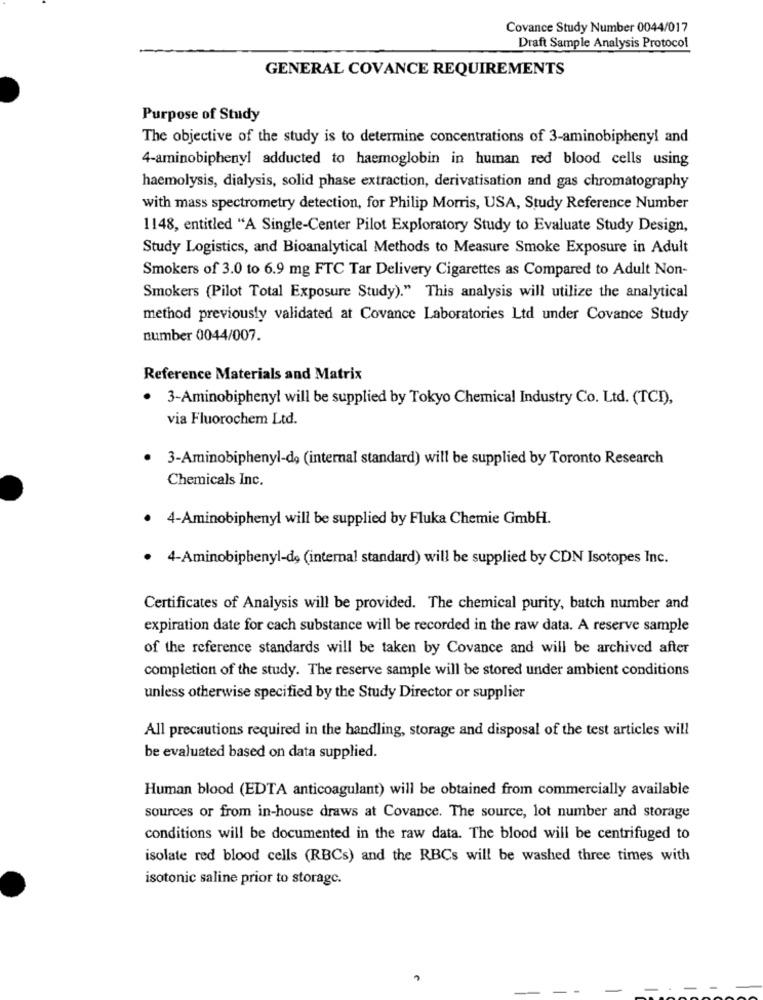
Covance Study Number 0044/017
Draft Sample Analysis Protocol
GENERAL COVANCE REQUIREMENTS
Purpose of Study
The objective of the study is to determine concentrations of 3-aminobiphenyl and
4-aminobiphenyl adducted to haemoglobin in human red blood cells using
haemolysis, dialysis, solid phase extraction, derivatisation and gas chromatography
with mass spectrometry detection, for Philip Morris, USA, Study Reference Number
1148, entitled "A Single-Center Pilot Exploratory Study to Evaluate Study Design,
Study Logistics, and Bioanalytical Methods to Measure Smoke Exposure in Adult
Smokers of 3.0 to 6.9 mg FTC Tar Delivery Cigarettes as Compared to Adult Non-
Smokers (Pilot Total Exposure Study)." This analysis will utilize the analytical
method previously validated at Covance Laboratories Ltd under Covance Study
number 0044/007.
Reference Materials and Matrix
3-Aminobiphenyl will be supplied by Tokyo Chemical Industry Co. Ltd. (TCI),
via Fluorochem Ltd.
3-Aminobiphenyl-do (internal standard) will be supplied by Toronto Research
Chemicals Inc.
4-Aminobiphenyl will be supplied by Fluka Chemie GmbH.
4-Aminobiphenyl-de (internal standard) will be supplied by CDN Isotopes Inc.
Certificates of Analysis will be provided. The chemical purity, batch number and
expiration date for cach substance will be recorded in the raw data. A reserve sample
of the reference standards will be taken by Covance and will be archived after
completion of the study. The reserve sample will be stored under ambient conditions
unless otherwise specified by the Study Director or supplier
All precautions required in the handling, storage and disposal of the test articles will
be evaluated based on data supplied.
Human blood (EDTA anticoagulant) will be obtained from commercially available
sources or from in-house draws at Covance. The source, lot number and storage
conditions will be documented in the raw data. The blood will be centrifuged to
isolate red blood cells (RBCs) and the RBCs will be washed three times with
isotonic saline prior to storage.